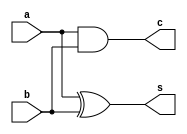
`timescale 1ns / 1ps
//////////////////////////////////////////////////////////////////////////////////
// Company: CASEST, University of Hyderabad
// 
// Design Name: 
// Module Name: ha_rtl
// Project Name: 
// Target Devices: 
// Tool Versions: 
// Description: 
// 
// Dependencies: 
// 
// Revision:
// Revision 0.01 - File Created
// Additional Comments:
// 
//////////////////////////////////////////////////////////////////////////////////


module ha_rtl(
    output s,
    output c,
    input a,
    input b
    );
    
    assign s = a^b;   // the RTL way, as opposed to using xor xr_1 (s,a,b);
    assign c = a&b;
    
endmodule